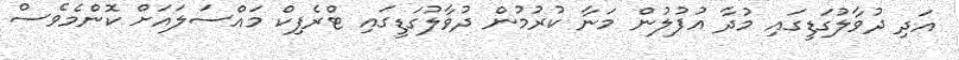
އަދި ދުވާލުގަޑީގައި މުދާ އުފުލުން މަނާ ކުރުމުން ދުވާލުގަޑީގައި ޓްރެފިކް މައްސަލައަށް ކޮންމެވެސް